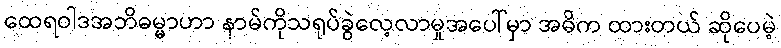
ထေရဝါဒအဘိဓမ္မာဟာ နာမ်ကိုသရုပ်ခွဲလေ့လာမှုအပေါ်မှာ အဓိက ထားတယ် ဆိုပေမဲ့